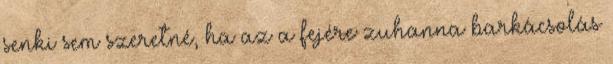
senki sem szeretné, ha az a fejére zuhanna barkácsolás